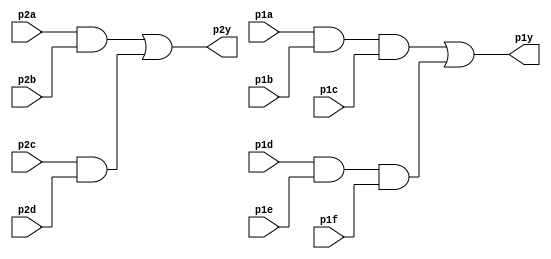
module top_module ( 
    //designing a  7458  chip
    input p1a, p1b, p1c, p1d, p1e, p1f,
    output p1y,
    input p2a, p2b, p2c, p2d,
    output p2y );
	
    wire and3_wire_a, and3_wire_b, and2_wire_c, and2_wire_d;
    
    assign and3_wire_a = p1a && p1b && p1c;
    assign and3_wire_b = p1d && p1e && p1f;
    assign and2_wire_c = p2a && p2b;
    assign and2_wire_d = p2c && p2d;
    
    assign p1y = and3_wire_a || and3_wire_b;
    assign p2y = and2_wire_c || and2_wire_d;
    

endmodule